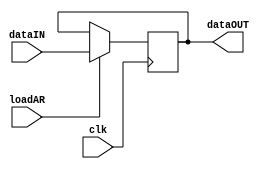
module regAR
#(parameter addrWidth=12)
(
input clk,
input loadAR,
input [addrWidth-1:0] dataIN,
output reg [addrWidth-1:0] dataOUT);


always@(negedge clk)
begin
	if(loadAR)
		dataOUT<=dataIN;
end

endmodule